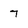
Character: 7